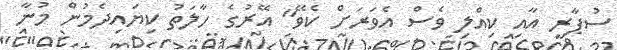
ސުޕާރީ އާއި ކިއްލި ވެސް އެވަރަށް ކެވޭ" އޭރުގެ ހާލަތު ކިޔައިދެމުން މުނާ